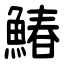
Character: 鰆